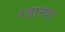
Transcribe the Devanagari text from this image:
रहात्या